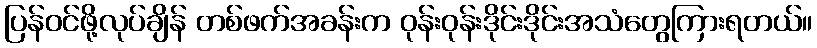
ပြန်ဝင်ဖို့လုပ်ချိန် တစ်ဖက်အခန်းက ဝုန်းဝုန်းဒိုင်းဒိုင်းအသံတွေကြားရတယ်။